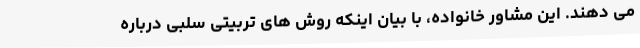
می دهند. این مشاور خانواده، با بیان اینکه روش های تربیتی سلبی درباره